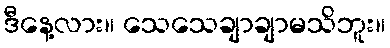
ဒီနေ့လား။ သေသေချာချာမသိဘူး။